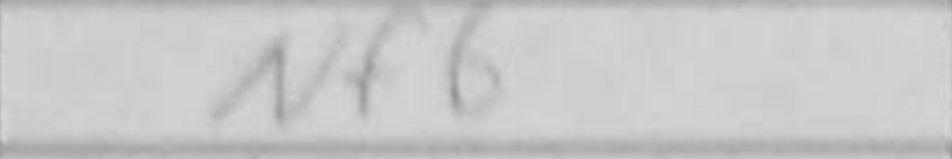
Transcription: Nf6